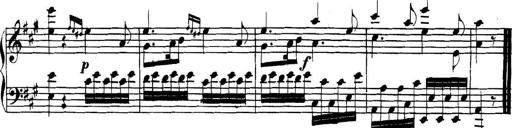
Title: Collected Piano Sonatas
Composer: Muzio Clementi